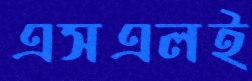
এসএলই